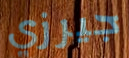
جيرزي